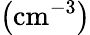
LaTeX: \left(\mathrm{cm}^{-3}\right)